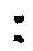
: